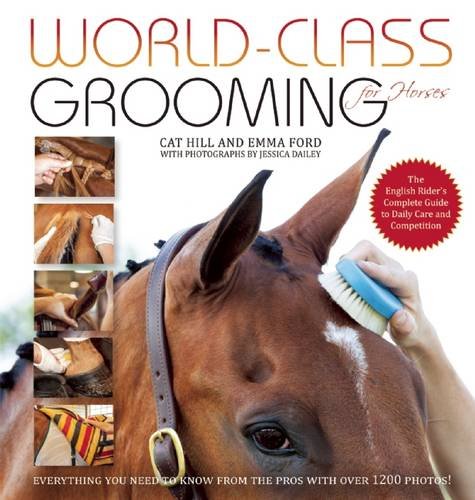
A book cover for World-Class Grooming for Horses: The English Rider's Complete Guide to Daily Care and Competition; Cat Hill; Crafts, Hobbies & Home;